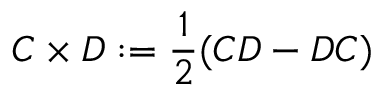
C \times D : = { \frac { 1 } { 2 } } ( C D - D C )